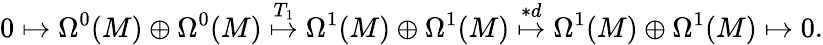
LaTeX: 0\mapsto\Omega^{0}(M)\oplus\Omega^{0}(M)\stackrel{T_{1}}{\mapsto}\Omega^{1}(M)\oplus\Omega^{1}(M)\stackrel{*d}{\mapsto}\Omega^{1}(M)\oplus\Omega^{1}(M)\mapsto 0.